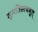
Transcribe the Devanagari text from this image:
सुमतिस्त्वभूत्